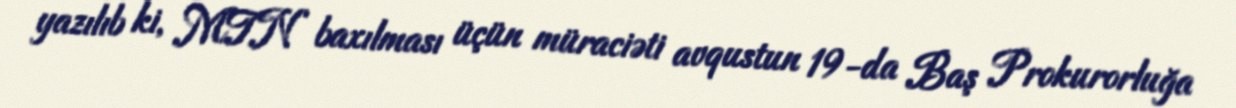
yazılıb ki, MTN baxılması üçün müraciəti avqustun 19-da Baş Prokurorluğa